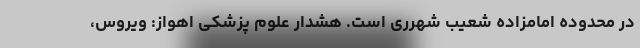
در محدوده امامزاده شعیب شهرری است. هشدار علوم پزشکی اهواز: ویروس،